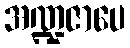
အဏ္ဍဇာပေ